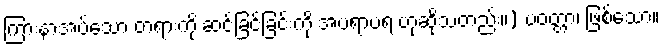
ကြားနာအပ်သော တရားကို ဆင်ခြင်ခြင်းကို အပရာပရ ဟုဆိုသတည်း။) ပဝတ္တာ၊ ဖြစ်သော။